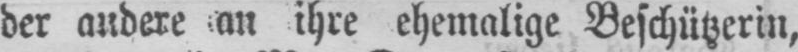
der andere an ihre ehemalige Beschützerin,